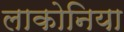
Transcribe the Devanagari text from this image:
लाकोनिया